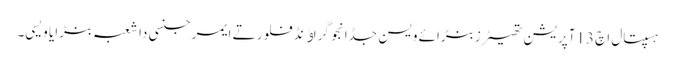
ہسپتال اچ 13آپریشن تھیٹرز بنڑائے ویسن جڈانجو گراﺅنڈ فلور تے ایمرجنسی دا شعبہ بنڑایا ویسی۔